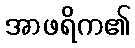
အာဖရိက၏